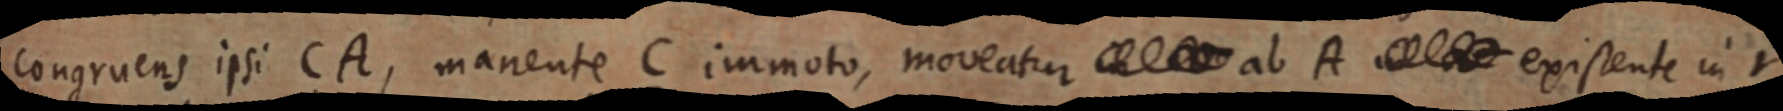
congruens ipsi CA, manente C immoto, moveatur _ ab A _ existente in Y